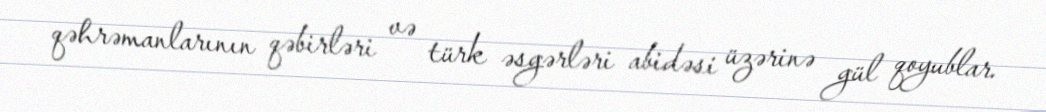
qəhrəmanlarının qəbirləri və türk əsgərləri abidəsi üzərinə gül qoyublar.